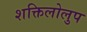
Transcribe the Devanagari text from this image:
शक्तिलोलुप